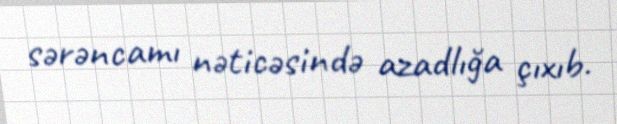
sərəncamı nəticəsində azadlığa çıxıb.